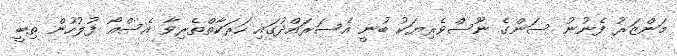
މަންޒަރު ފެނުނު ސަންގެ ނޫސްވެރިޔަކު ބުނީ އެސަރައްދުގައި ހަރަކާތްތެރިވާ އެސްއޯ ފުލުހުން ތިބީ